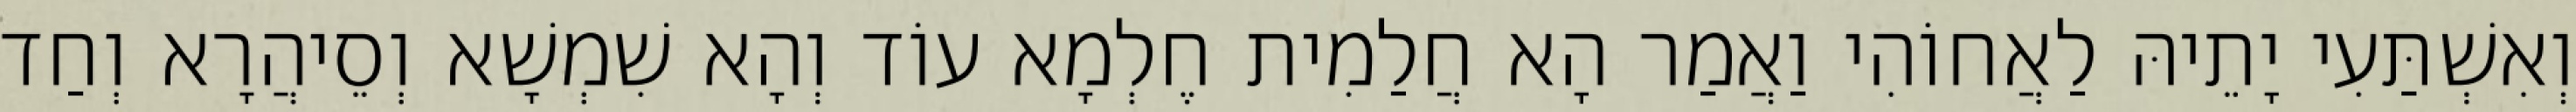
וְאִשְׁתַּעִי יָתֵיהּ לַאֲחוֹהִי וַאֲמַר הָא חֲלַמִית חֶלְמָא עוֹד וְהָא שִׁמְשָׁא וְסֵיהֲרָא וְחַד